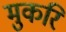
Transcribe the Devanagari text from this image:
मुकरि